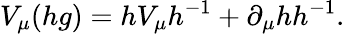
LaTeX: V_{\mu}(hg)=hV_{\mu}h^{-1}+\partial_{\mu}hh^{-1}.